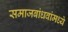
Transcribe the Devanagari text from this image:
समाजबांधवांमध्ये